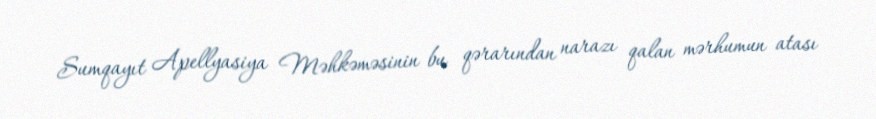
Sumqayıt Apellyasiya Məhkəməsinin bu qərarından narazı qalan mərhumun atası